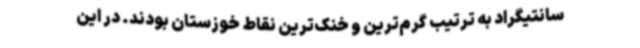
سانتیگراد به ترتیب گرم‌ترین و خنک‌ترین نقاط خوزستان بودند. در این